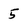
Character: 5